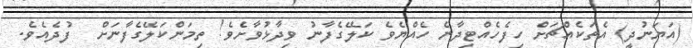
(އަޔަނުދީ) އެތަކެއްޗަށް ހިފެހެއްޓިދާނެ ހެއްޔެވެ ކަލޭގެފާނު ވިދާޅުވާށެވެ! ތިމަންކަލޭގެފާނަށް  ފުދެއެވެ.